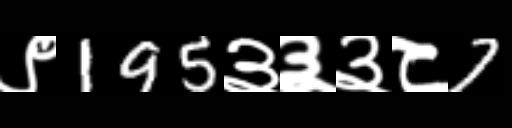
Text: ९195३३३८7